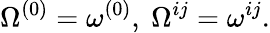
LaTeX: \Omega^{(0)}=\omega^{(0)},\ \Omega^{ij}=\omega^{ij}.